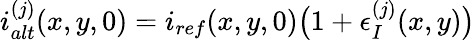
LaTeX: i_{alt}^{(j)}(x,y,0)=i_{ref}(x,y,0)\big(1+\epsilon_{I}^{(j)}(x,y)\big)